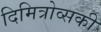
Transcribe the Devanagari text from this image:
दिमित्रोव्सकी